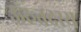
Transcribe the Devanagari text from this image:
ऊरुतदस्य